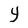
Character: Y